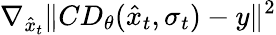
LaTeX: \nabla_{\hat{x}_{t}}\| CD_{\theta}(\hat{x}_{t},\sigma_{t})-y\| ^{2}